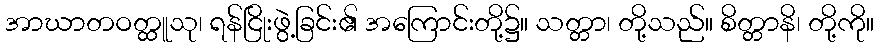
အာဃာတဝတ္ထူသု၊ ရန်ငြိုးဖွဲ့ခြင်း၏ အကြောင်းတို့၌။ သတ္တာ၊ တို့သည်။ စိတ္တာနိ၊ တို့ကို။